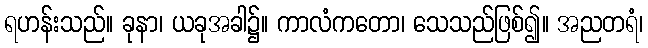
ရဟန်းသည်။ ခုနာ၊ ယခုအခါ၌။ ကာလံကတော၊ သေသည်ဖြစ်၍။ အညတရံ၊